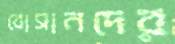
বোসানদের